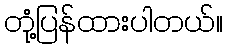
တုံ့ပြန်ထားပါတယ်။